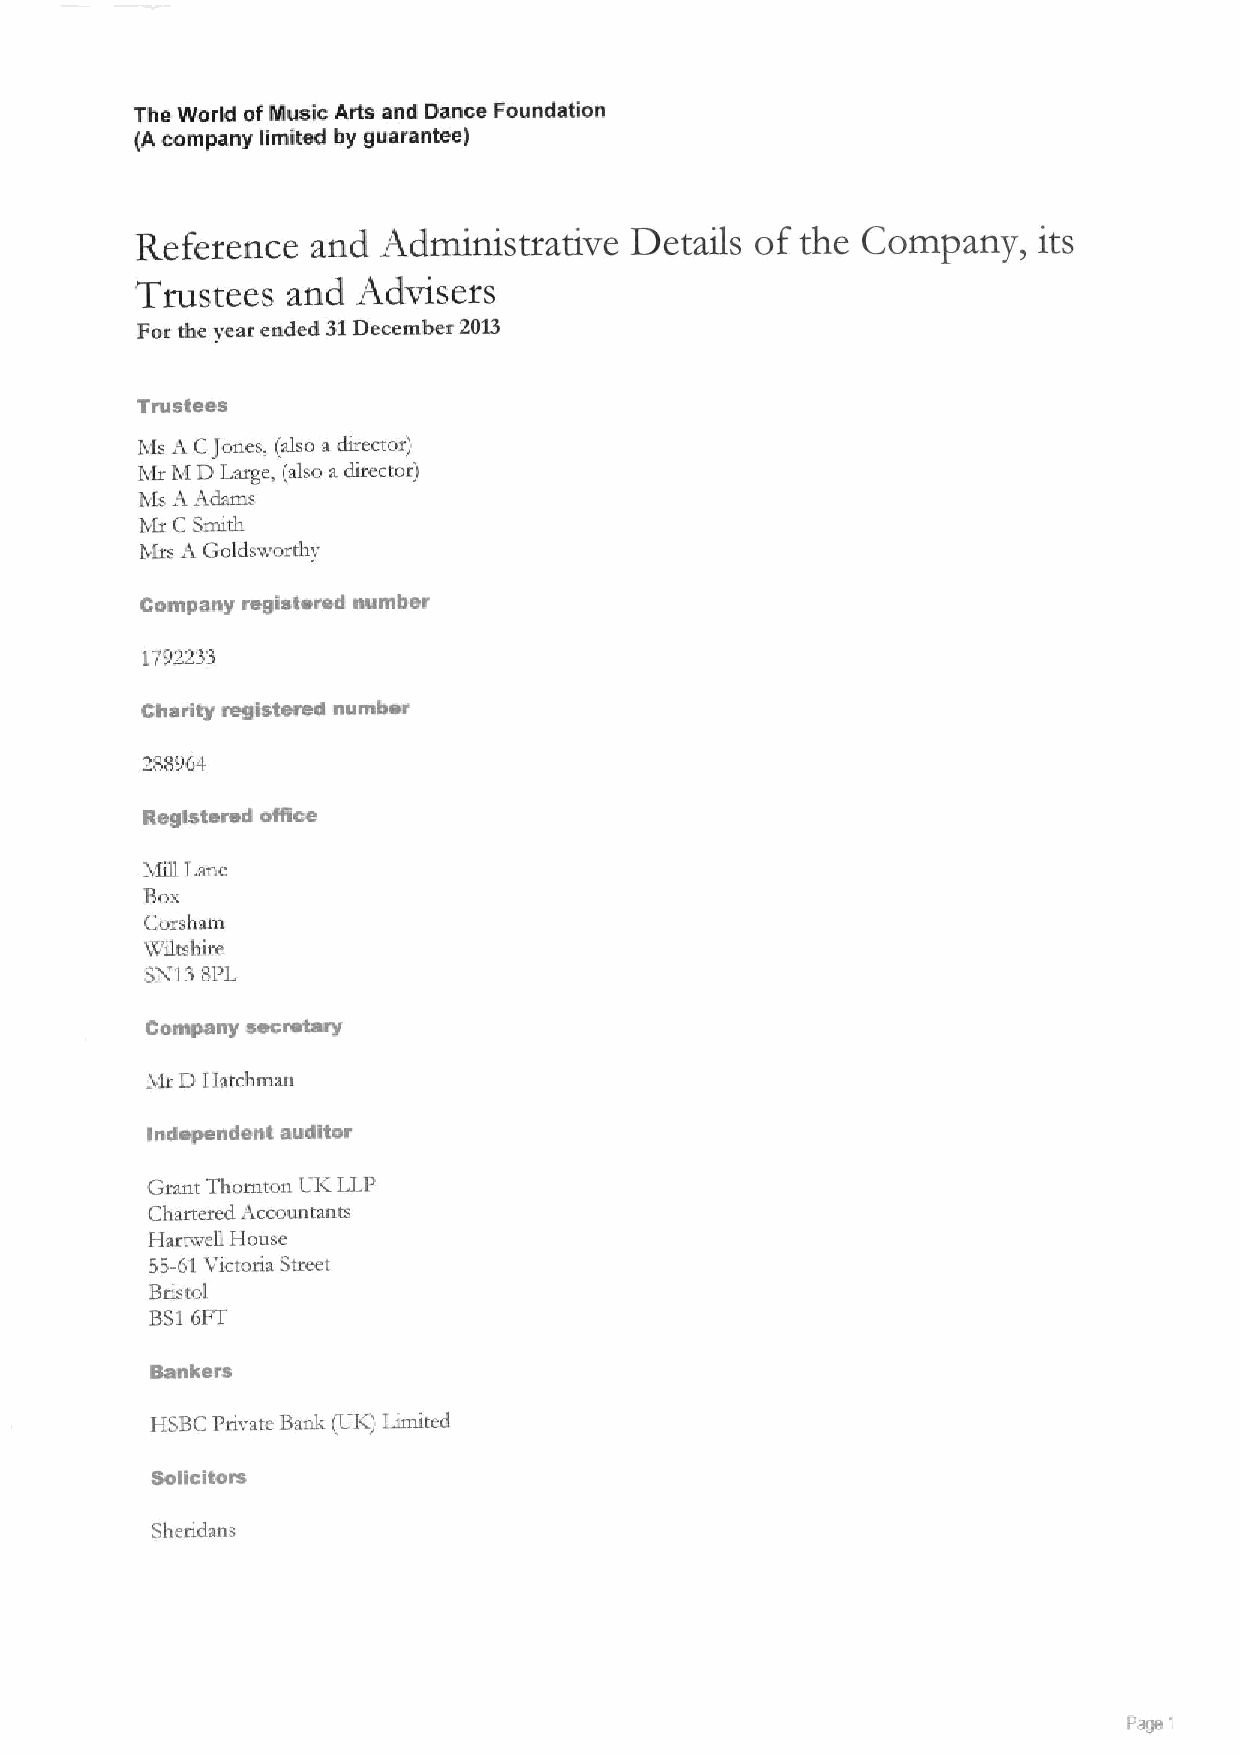
The World ofMusic Arts and Dance Foundation
 (A company limited by guarantee)
 Reference   and Administrative   Details of the Company,    its
 Trustees  and  Advisers
 For the yeat ended 31December 2D13
 Trustees
 Ms A CJones, (also a director)
 Mt M DLarge, (also a director)
 Ms A Adams
 Mx C Snnth
 Mrs A Goldsworthy
 Company registered number
 1792233
 Charity registered number
 288964
 Registered office
 M(II Lane
 Box
 Corsham
 Wtltshire
 SN13 8PL
 secretary
 Company
 Mr D Hatchrnan
 independent auditor
 Grant Thornton UI&LLP
 Chartered Accountants
 Hartv:ell House
 53-61Vtctoria Street
 Bristol
 BS16FT
 Bankers
 HSBC Private Bank (Ltl() I,imited
 Solicitors
 Shertdans
 Page t